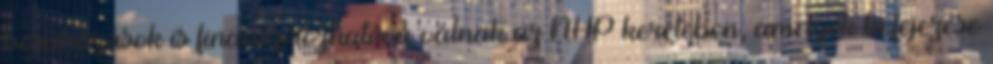
beruházások is finanszírozhatóvá válnak az NHP keretében, amelyek befejezése